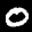
Label: 0